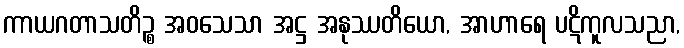
ကာယဂတာသတိဉ္စ အဝသေသာ အဋ္ဌ အနုဿတိယော, အာဟာရေ ပဋိကူလသညာ,